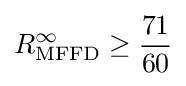
R_{\mathrm {MFFD} }^{\infty }\geq {\frac {71}{60}}